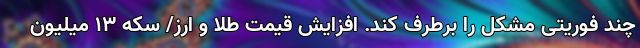
چند فوریتی مشکل را برطرف کند. افزایش قیمت طلا و ارز/ سکه ۱۳ میلیون